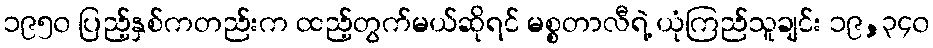
၁၉၅၀ ပြည့်နှစ်ကတည်းက ထည့်တွက်မယ်ဆိုရင် မစ္စတာလီရဲ့ ယုံကြည်သူချင်း ၁၉,၃၄၀